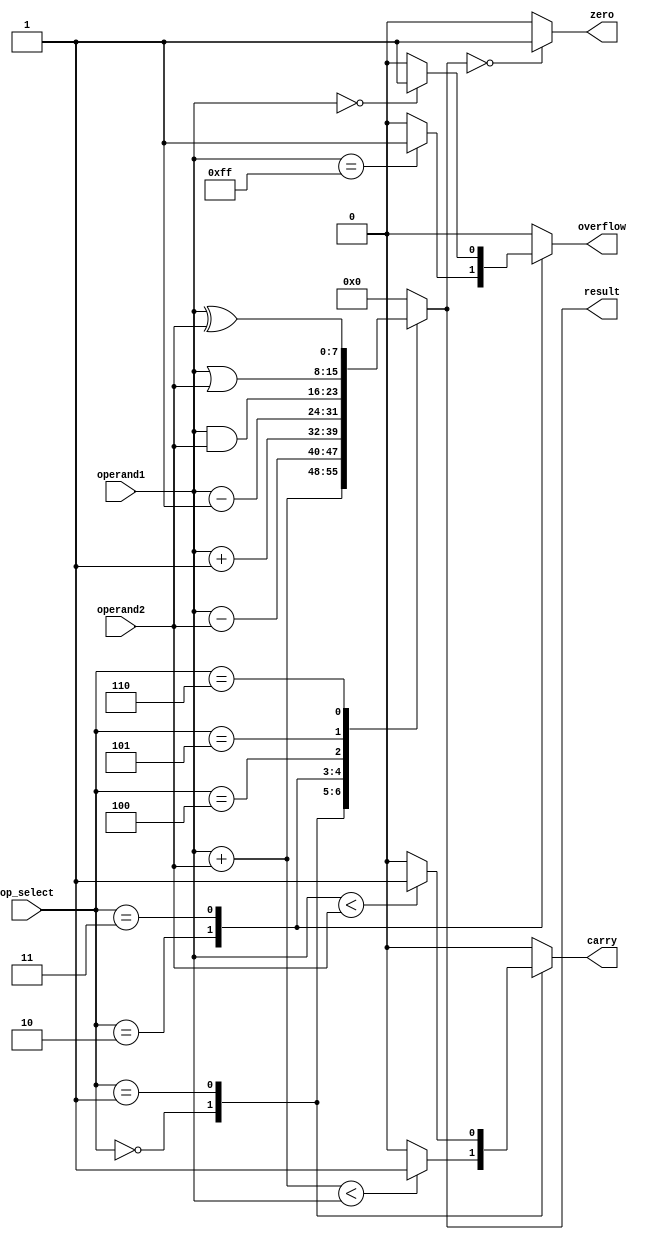
module alu (
    input [7:0] operand1,
    input [7:0] operand2,
    input [2:0] op_select,
    output reg [7:0] result,
    output reg zero,
    output reg carry,
    output reg overflow
);

always @(*)
begin
    case(op_select)
        3'b000: // Addition operation
            begin
                result = operand1 + operand2;
                carry = (result < operand1) ? 1'b1 : 1'b0;
                overflow = 1'b0; // Overflow not calculated for addition
            end
        3'b001: // Subtraction operation
            begin
                result = operand1 - operand2;
                carry = (operand1 < operand2) ? 1'b1 : 1'b0;
                overflow = 1'b0; // Overflow not calculated for subtraction
            end
        3'b010: // Increment operation
            begin
                result = operand1 + 1;
                carry = 1'b0; // No carry for increment
                overflow = (operand1 == 8'b11111111) ? 1'b1 : 1'b0;
            end
        3'b011: // Decrement operation
            begin
                result = operand1 - 1;
                carry = 1'b0; // No carry for decrement
                overflow = (operand1 == 8'b00000000) ? 1'b1 : 1'b0;
            end
        3'b100: // Bitwise AND operation
            begin
                result = operand1 & operand2;
                carry = 1'b0; // No carry for bitwise AND
                overflow = 1'b0; // No overflow for bitwise AND
            end
        3'b101: // Bitwise OR operation
            begin
                result = operand1 | operand2;
                carry = 1'b0; // No carry for bitwise OR
                overflow = 1'b0; // No overflow for bitwise OR
            end
        3'b110: // Bitwise XOR operation
            begin
                result = operand1 ^ operand2;
                carry = 1'b0; // No carry for bitwise XOR
                overflow = 1'b0; // No overflow for bitwise XOR
            end
        default: // Invalid operation
            begin
                result = 8'b00000000;
                carry = 1'b0;
                overflow = 1'b0;
            end
    endcase
    
    zero = (result == 8'b00000000) ? 1'b1 : 1'b0; // Check if result is zero
end

endmodule